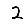
Digit: 2